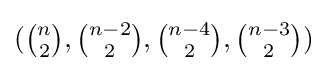
({\tbinom {n}{2}},{\tbinom {n-2}{2}},{\tbinom {n-4}{2}},{\tbinom {n-3}{2}})